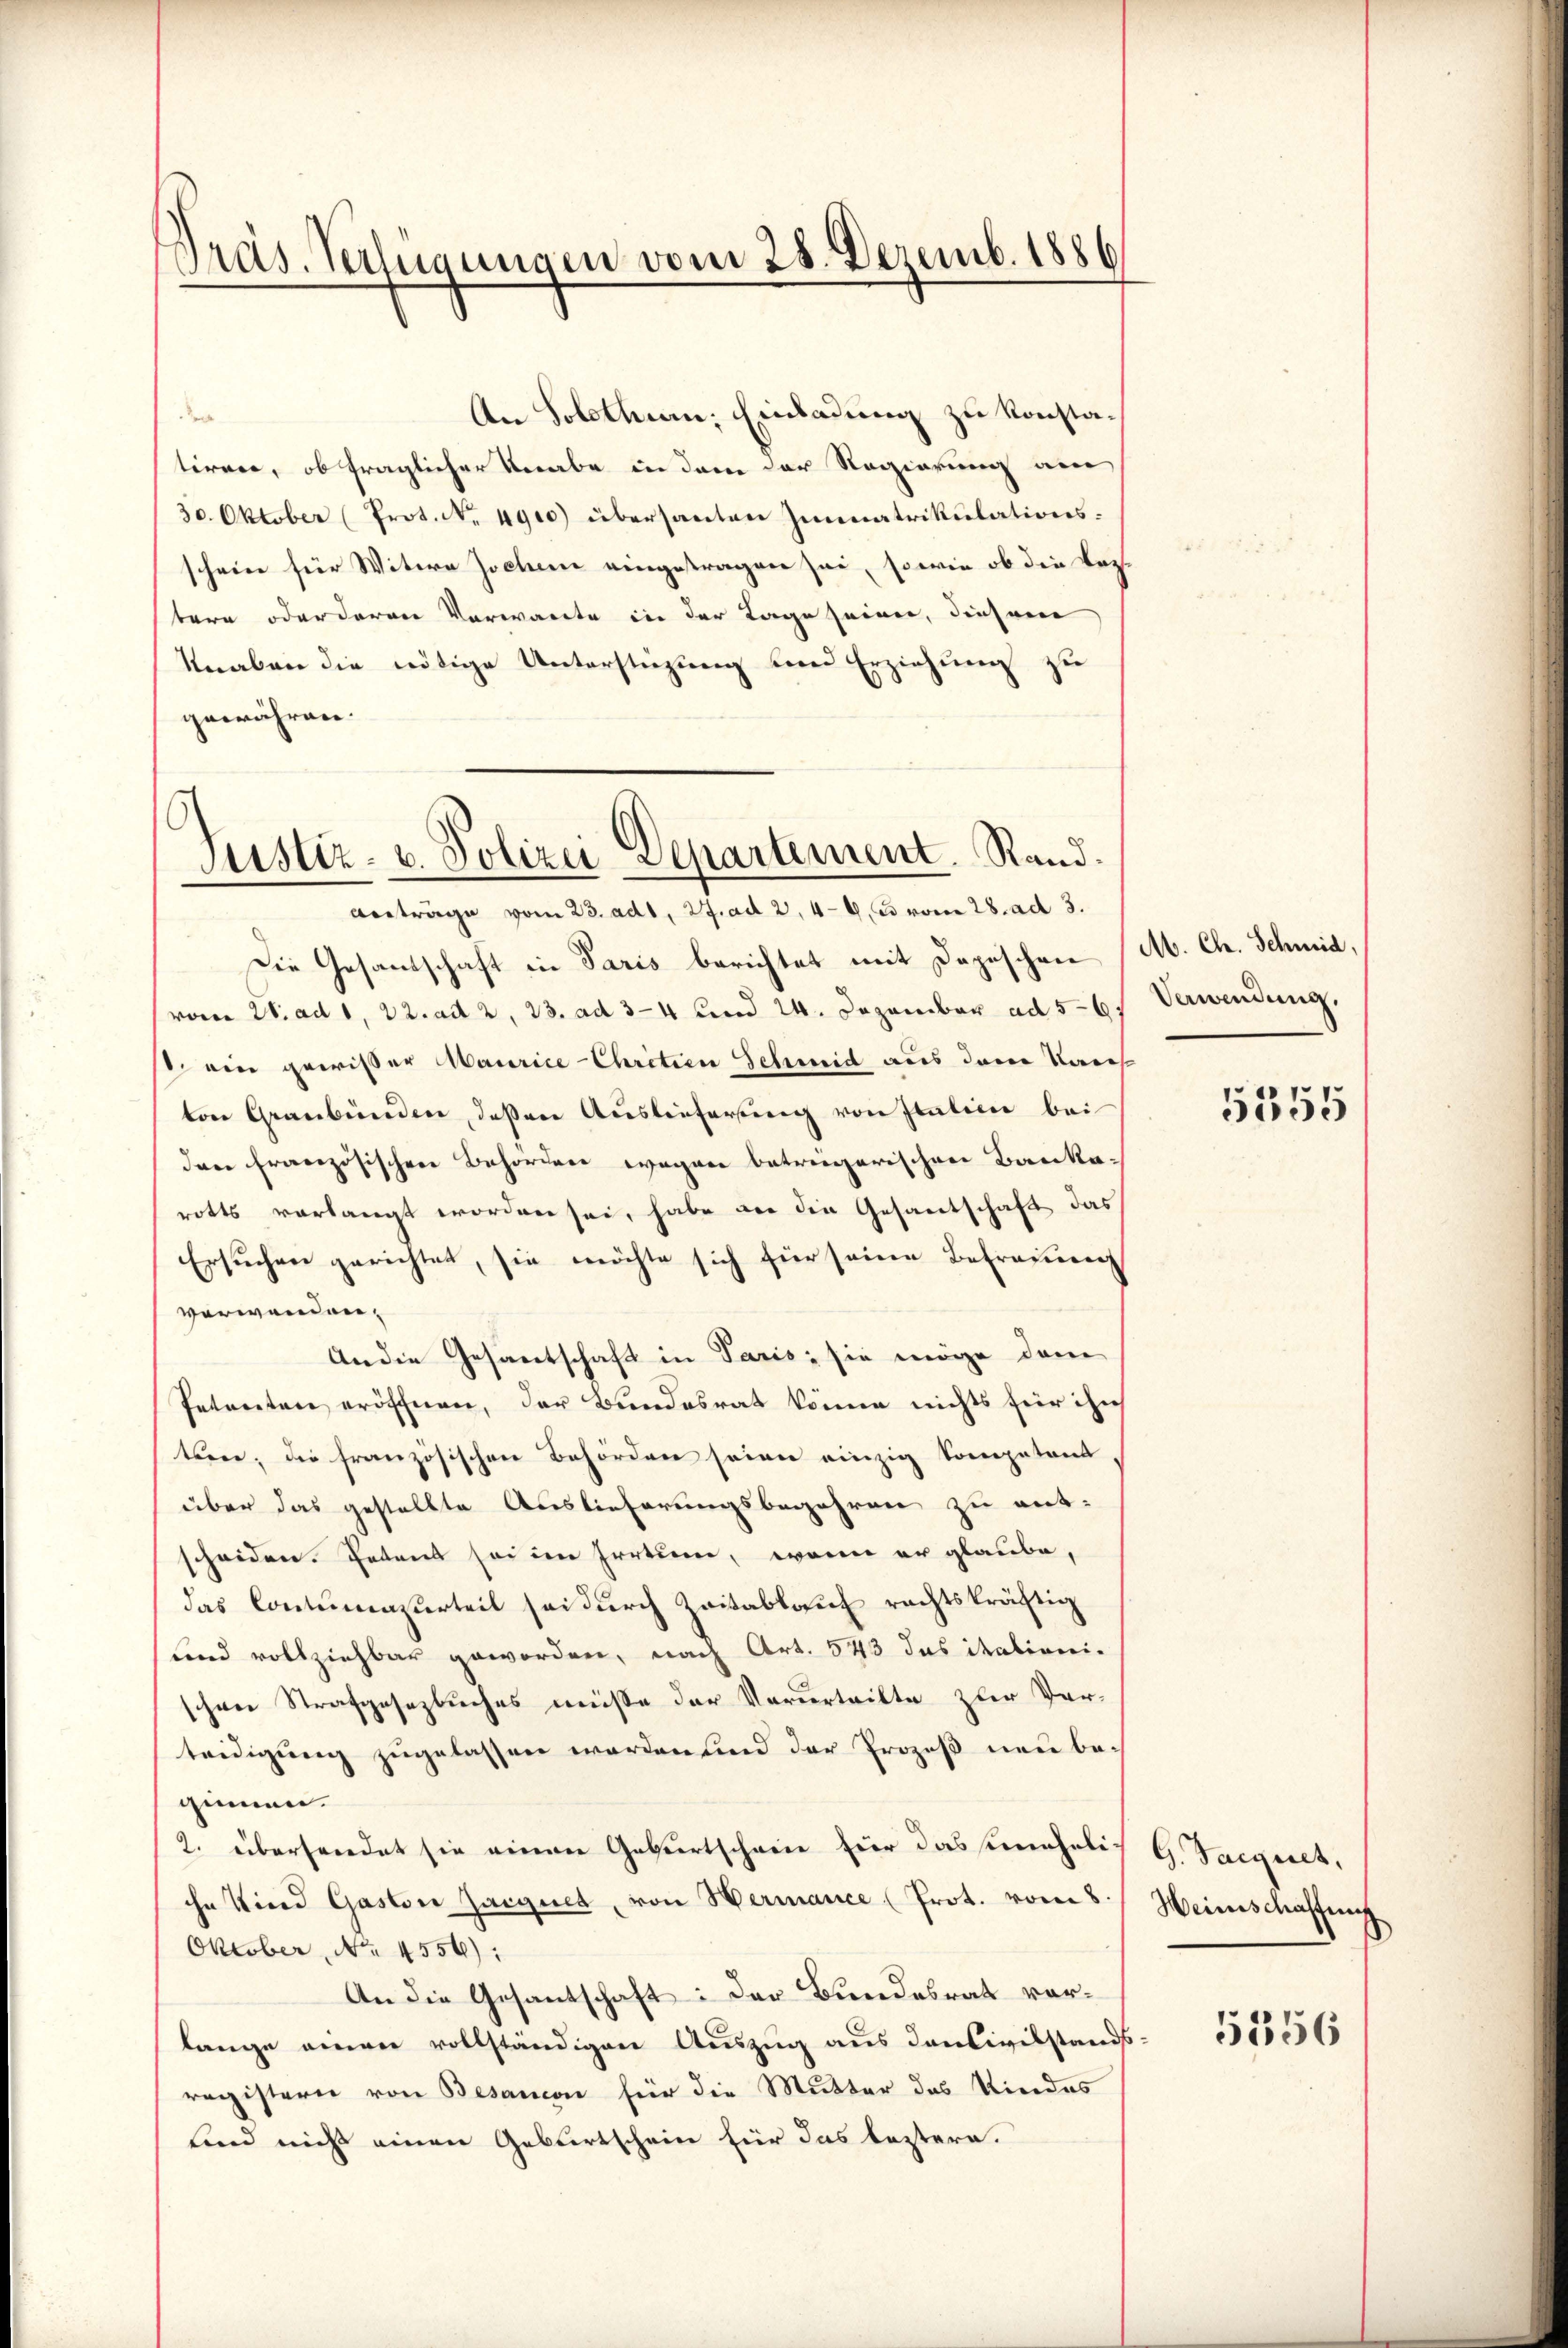
Präs. Verfügungen vom 25. Dezemb. 1886

der
An Solothurn, Einladung zu konstatiren, ob fraglicher Knabe in dem der Regierung am
30. Oktober (Prot. No. 4900) übersanten Immatrikulationsschein für Witwe Jochene eingetragen sei, sowie ob die Vor
tere oder deren Vorwarte in der Tage seien, diesem
Knaben die nötige Unterstüzung und Erziehung zu
gewähren.
Justiz- u. Polizei Departement. Rand.

Anträge vom 23. ad 1, 27. ad 2, 49 u vom 28. ad 3.
Die Gesandschaft in Paris berichtet mit Depeschen (Ab. Ch. Schmid,
vom 28. ad 1, 22. ad 2, 23. ad 3-4 und 24. Dezember ad 5-6
 ein gewisser Maurice Chritien Schmid aus dem Kais
ton Graubünden, deßen Auslieferung von Italien bei
den französischen Behörden wegen betreigarischen Bauka-
rotts verlangt worden sei, habe vor die Gesantschaft das
Ersuchen gerichtet, sie möchte sich für seine Betraueng
verwanden.
An die Gesandtschaft in Paris; sie möge dem
Petenten eröffnen, der Bundesrat könne nichts für ihn
ten; die französischen Behörden seien einzig Kompetent
über das gestellte Auslieferungsbegehren zu entscheiden. Petens sei im Irrtum, wenn er glaube,
das Contumazurteil sei durch Zeitablauf rechtskräftig
und vollziehbar geworden, nach Art. 543 das italionischen Strafgesetzbuches müsse der Verurteilte zur Ver-
teidigung zugelassen werden und der Prozeß neu begimen.
2. überhandet sie einen Geburtschein für das seinheliihn Kind Gaston Zargnet, von Hermance (Prot. vom 8.
Oktober, No. 4556):
An die Gesandtschaft: Der Bundesrat vorlange einen vollständigen Auszug aus Concivilstands-
registern von Besancon für die Mutter das Kindes
Kind nicht einen Geburtschein für das leztern.

Verwendung.

5355

G. Saignet,
Heimschaffung

5356